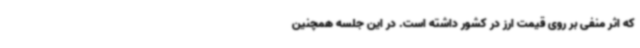
که اثر منفی بر روی قیمت ارز در کشور داشته است. در این جلسه همچنین